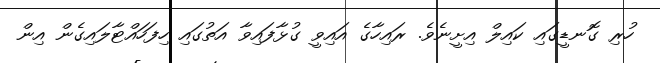
ހުރި ގޮނޑީގައި ކައިލް އިށީނެވެ. ރައިހާގެ އައިވީ ގުޅާފައިވާ އަތުގައި ހިފަހައްޓާލައިގެން އިން